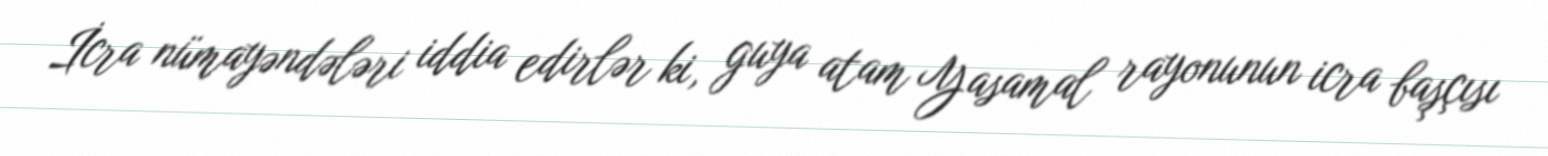
İcra nümayəndələri iddia edirlər ki, guya atam Yasamal rayonunun icra başçısı